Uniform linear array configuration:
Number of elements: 16
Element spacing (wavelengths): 1
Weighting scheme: exponential
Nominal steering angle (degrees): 45
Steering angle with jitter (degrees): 46.394
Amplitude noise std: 0.05
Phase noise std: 0.05

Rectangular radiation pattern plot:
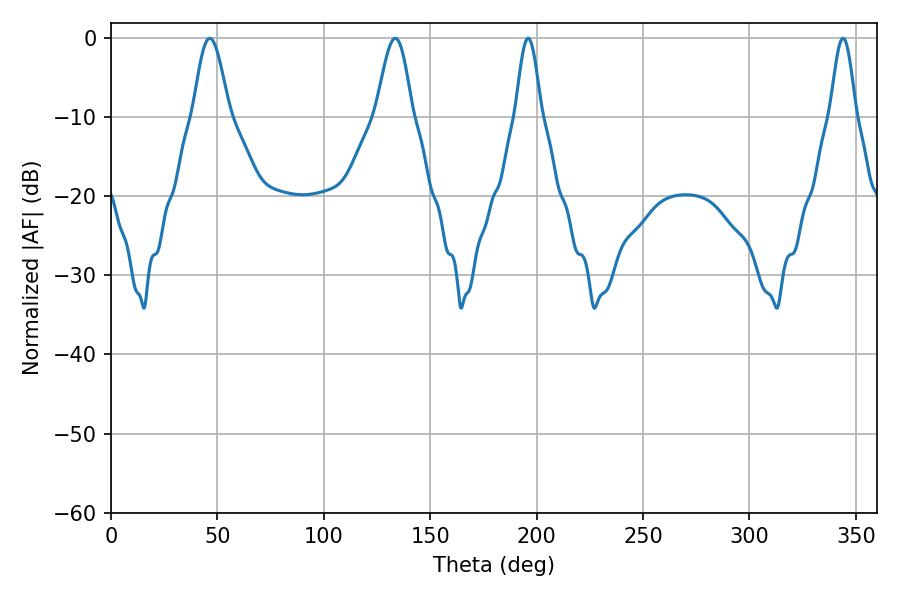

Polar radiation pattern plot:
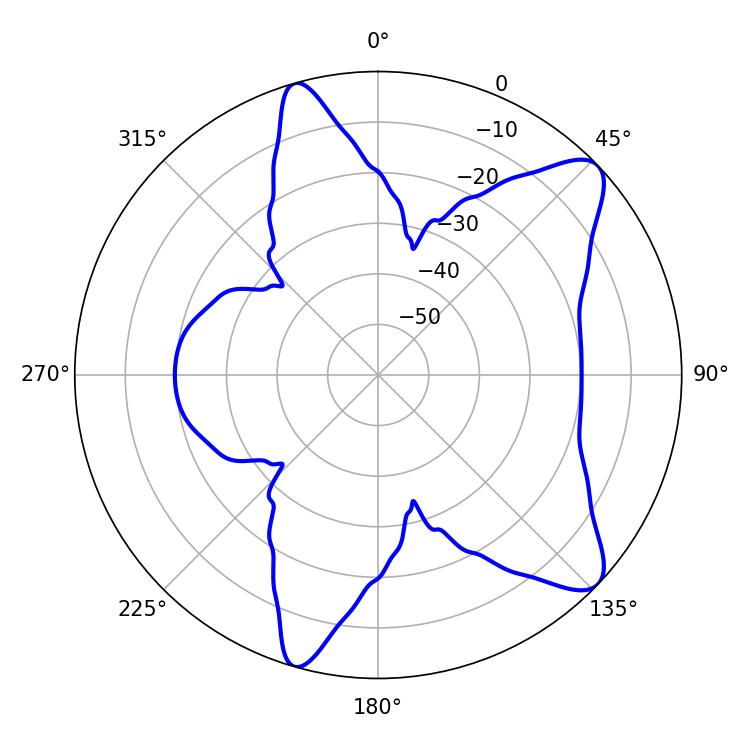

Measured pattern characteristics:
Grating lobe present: TRUE
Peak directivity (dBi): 9.854
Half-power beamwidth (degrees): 6.48
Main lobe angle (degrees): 196.02